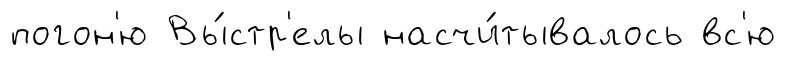
погон'ю Вы́стр'елы насчи́тывалось вс'ю